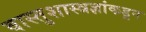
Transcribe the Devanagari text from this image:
वास्तुशास्त्रज्ञांकडून